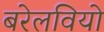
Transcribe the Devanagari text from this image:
बरेलवियो